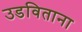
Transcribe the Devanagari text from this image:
उडविताना